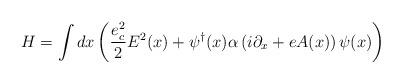
LaTeX: \begin{align*}H=\int dx\left( \frac{e_c^2}{2}E^2(x)+\psi^{\dagger}(x)\alpha\left(i\partial_x +eA(x)\right)\psi(x)\right)\end{align*}